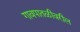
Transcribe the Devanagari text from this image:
गावपातळीवरील